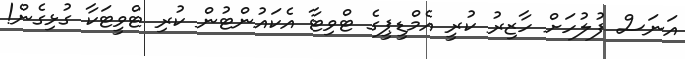
އަނަސް ފުލުހަށް ހާޒިރު ކުރީ އެމްޑީޕީގެ ޓްވިޓާ އެކައުންޓުން ކުރި ޓްވީޓަކާ ގުޅިގެން!